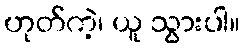
ဟုတ်ကဲ့၊ ယူ သွားပါ။